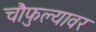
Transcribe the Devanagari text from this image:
चौफुल्यावर